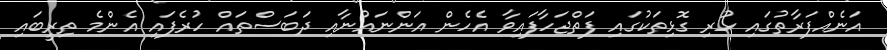
އަނެއްފަރާތުގައި ހުރި ގޮޅިތަކުގައި ފަތްޖަހާފައިވާ އެހެން އަންނައުނާއި ދަބަސްތައް ހުރެފައި އެންމެ ތިރީބައި